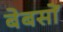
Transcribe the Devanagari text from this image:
बेबसों